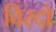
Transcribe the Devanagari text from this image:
विरदो